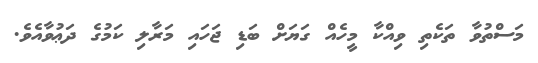
މަަސްތުވާ ތަކެތި ވިއްކާ މީހެއް ގަޔަށް ބަޑި ޖަހައި މަރާލި ކަމުގެ ދަޢުވާއެވެ.